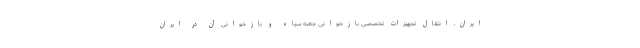
ایران، انتقال تجهیزات تخصصی بازخوانی جعبه سیاه و بازخوانی آن در ایران